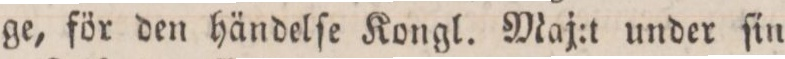
ge, för den händelſe Kongl. Maj:t under ſin